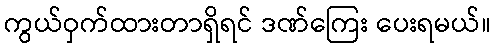
ကွယ်ဝှက်ထားတာရှိရင် ဒဏ်ကြေး ပေးရမယ်။